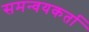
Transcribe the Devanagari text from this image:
समन्वयकर्ता